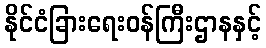
နိုင်ငံခြားရေးဝန်ကြီးဌာနနှင့်